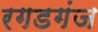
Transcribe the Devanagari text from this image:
रगडगंज